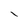
Character: I